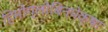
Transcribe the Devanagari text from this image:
हिमोग्लोबिनपेक्षा